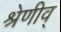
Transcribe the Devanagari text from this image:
श्रेणीव्